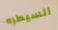
السيطره